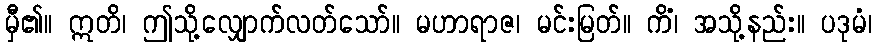
မှီ၏။ ဣတိ၊ ဤသို့လျှောက်လတ်သော်။ မဟာရာဇ၊ မင်းမြတ်။ ကိံ၊ အသို့နည်း။ ပဒုမံ၊